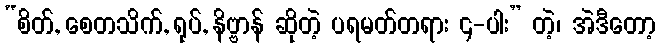
“စိတ်, စေတသိက်, ရုပ်, နိဗ္ဗာန် ဆိုတဲ့ ပရမတ်တရား ၄-ပါး” တဲ့၊ အဲဒီတော့